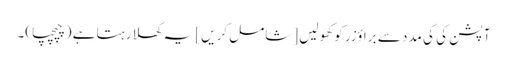
آپشن کی کی مدد سے براؤزر کو کھولیں [شامل کریں] یہ کھلا رہتا ہے (چپچپا)۔